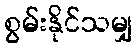
စွမ်းနိုင်သမျှ